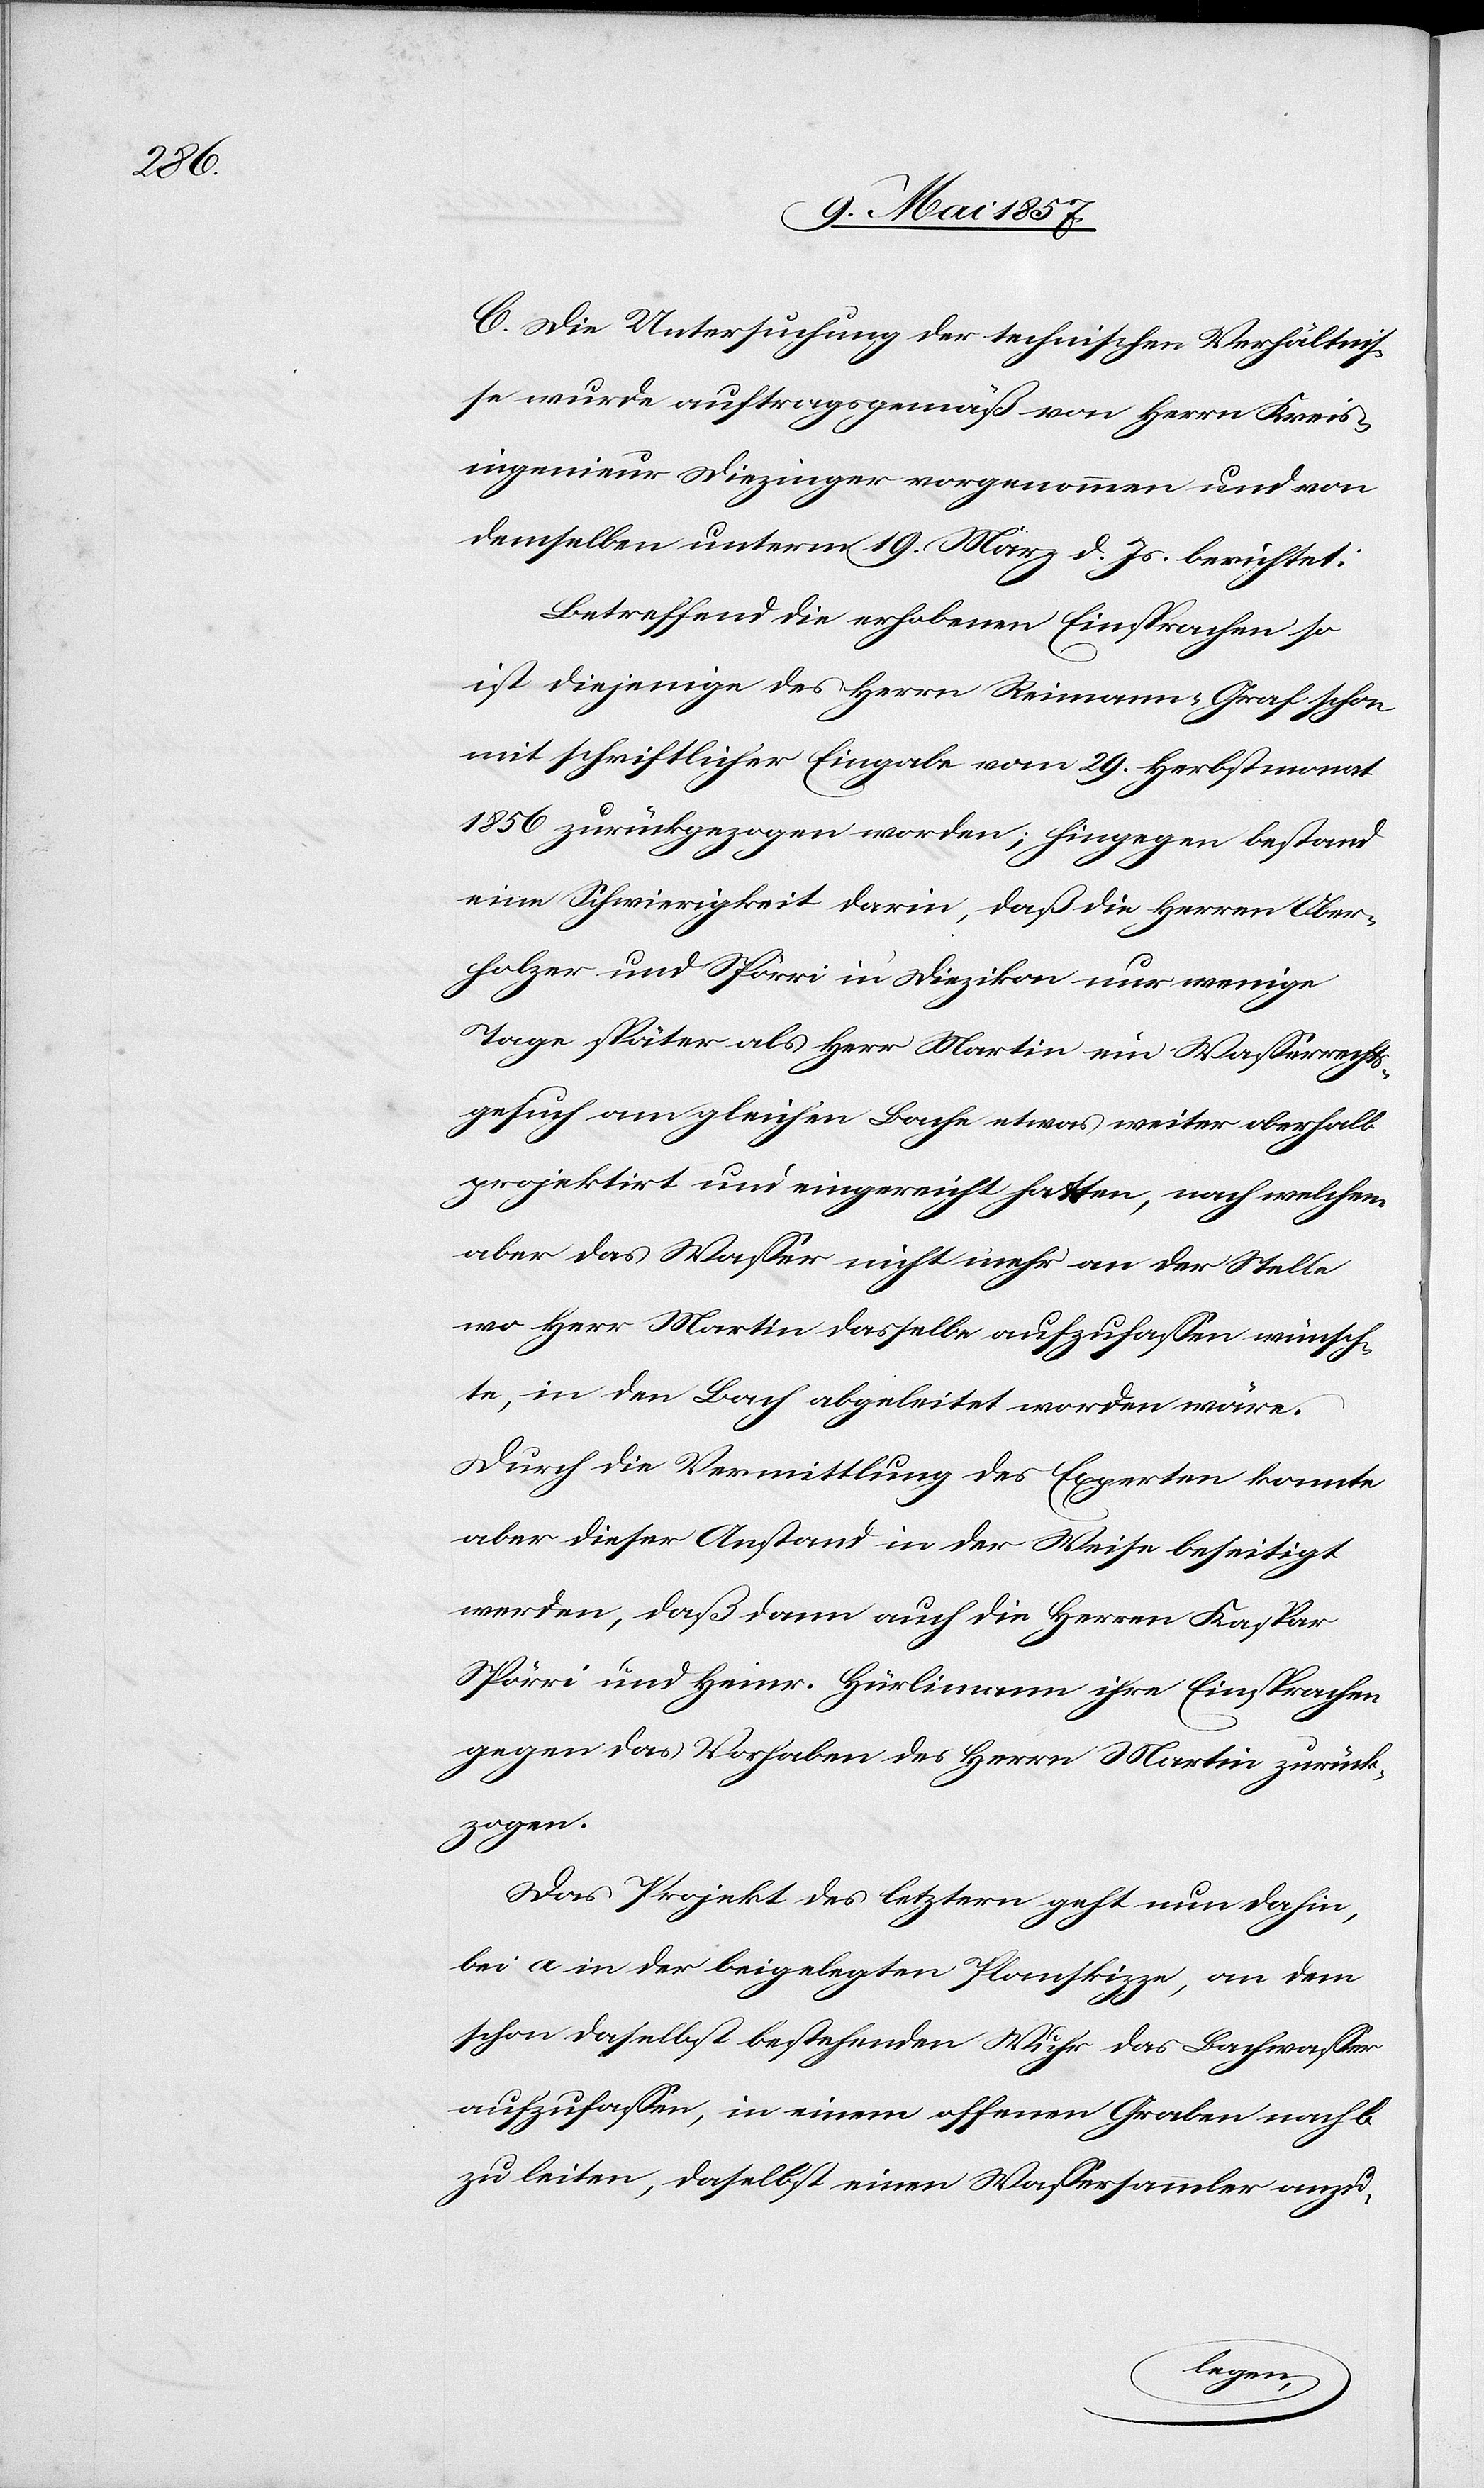
C. Die Untersuchung der technischen Verhältnis¬
se wurde auftragsgemäß von Herrn Kreis¬
ingenieur Diezinger vorgenommen und von
demselben unterm 19 März d. Js. berichtet:
Betreffend die erhobenen Einsprachen so
ist diejenige des Herrn Reimann Graf schon
mit schriftlicher Eingabe vom 29 Herbstmonat
1856 zurückgezogen worden; hingegen bestand
eine Schwierigkeit darin, daß die Herrn Ober¬
holzer und Spörri in Diezikon nur wenige
Tage später als Herr Martin ein Wasserrechts¬
gesuch am gleichen Bache etwas weiter oberhalb
projektirt und eingereicht hatten, nach welchem
aber das Wasser nicht mehr an der Stelle
wo Herr Martin dasselbe aufzufassen wünsch¬
te, in den Bach abgeleitet worden wäre.
Durch die Vermittlung des Experten konnte
aber dieser Anstand in der Weise beseitigt
werden, daß sodann auch die Herren Kaspar
Spörri und Heinr. Hürlimann ihre Einsprachen
gegen das Vorgehen des Herrn Martin zurück¬
zogen.
Das Projekt des letztern geht nun dahin,
bei a in der beigelegten Planskizze, an dem
schon daselbst bestehenden Wuhr das Bachwasser
aufzufassen, in einem offenen Graben nach b
zu leiten, daselbst einen Wassersammler anzu-